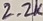
Text: 2.2K